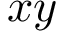
x y